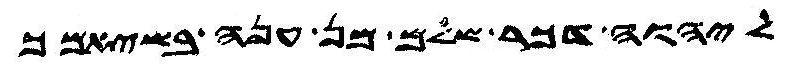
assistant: ליהוה דכר שלם מן ענה בשיאמך